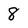
Character: 8